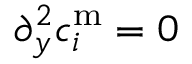
\partial _ { y } ^ { 2 } c _ { i } ^ { \mathrm { m } } = 0